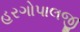
હરગોપાલજી